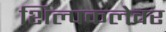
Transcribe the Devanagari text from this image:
शिल्पकलेवर